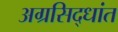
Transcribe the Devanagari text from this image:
अग्रसिद्धांत